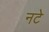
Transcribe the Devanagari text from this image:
नटे